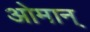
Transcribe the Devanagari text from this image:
ओमान्